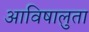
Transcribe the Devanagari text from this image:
आविषालुता